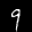
Label: 9